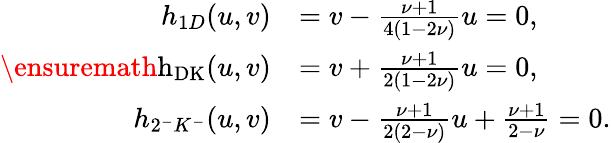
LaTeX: \begin{array}{rl}{h_{1D}(u,v)}&{=v-\frac{\nu+1}{4(1-2\nu)}u=0,}\\ {\mathrm{\ensuremath{h_{DK}}}(u,v)}&{=v+\frac{\nu+1}{2(1-2\nu)}u=0,}\\ {h_{2^{-}K^{-}}(u,v)}&{=v-\frac{\nu+1}{2(2-\nu)}u+\frac{\nu+1}{2-\nu}=0.}\end{array}